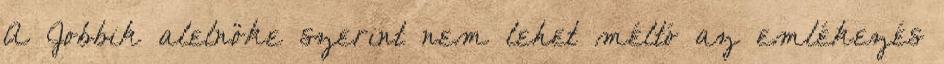
A Jobbik alelnöke szerint nem lehet méltó az emlékezés